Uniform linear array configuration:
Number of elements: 32
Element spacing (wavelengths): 0.75
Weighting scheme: blackman
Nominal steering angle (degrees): -15
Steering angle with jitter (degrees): -15.33
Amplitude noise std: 0.05
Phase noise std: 0.05

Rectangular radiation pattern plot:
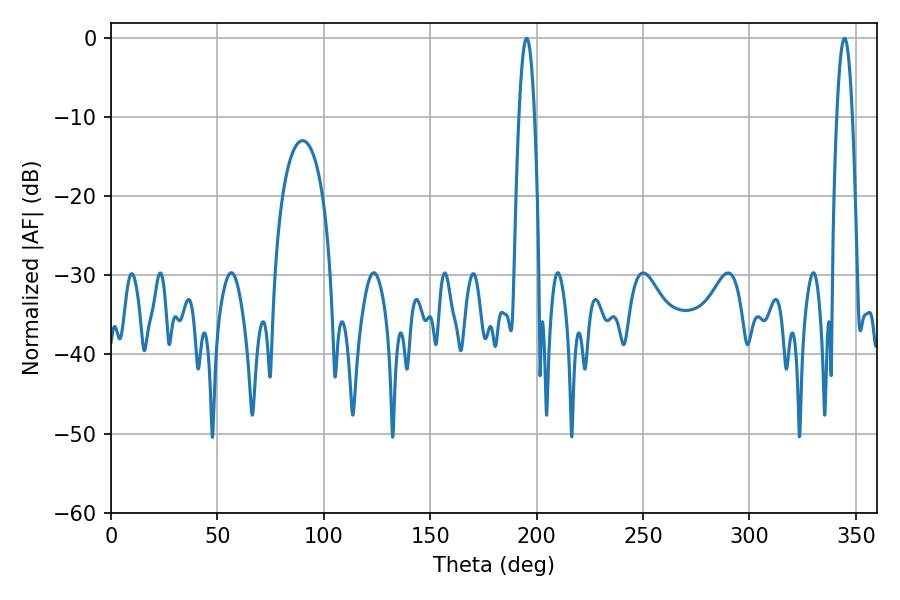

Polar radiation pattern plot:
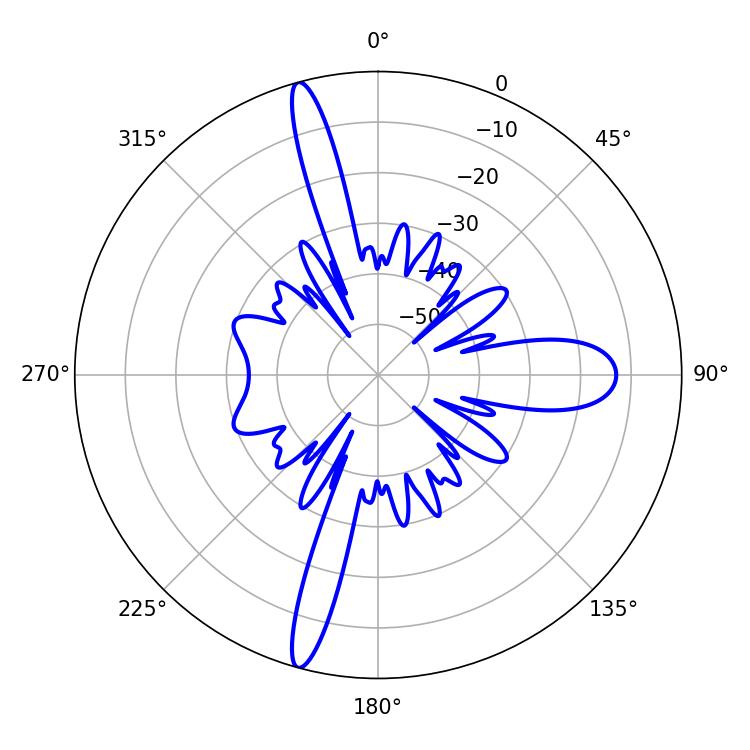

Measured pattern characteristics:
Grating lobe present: TRUE
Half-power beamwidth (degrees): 3.96
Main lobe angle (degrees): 195.3